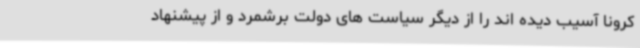
کرونا آسیب دیده اند را از دیگر سیاست های دولت برشمرد و از پیشنهاد